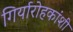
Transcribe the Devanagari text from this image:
गिर्यारोहकांशी